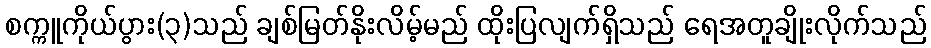
စက္ကူကိုယ်ပွား(၃)သည် ချစ်မြတ်နိုးလိမ့်မည် ထိုးပြလျက်ရှိသည် ရေအတူချိုးလိုက်သည်